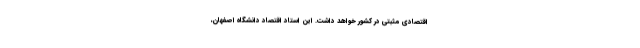
اقتصادی مثبتی در کشور خواهد داشت. این استاد اقتصاد دانشگاه اصفهان،